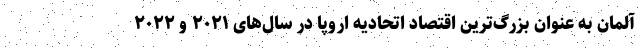
آلمان به عنوان بزرگ‌ترین اقتصاد اتحادیه اروپا در سال‌های ۲۰۲۱ و ۲۰۲۲